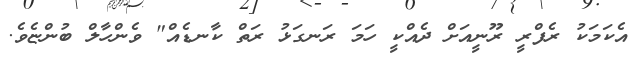
އެކަމަކު ރެފްރީ ރޫނީއަށް ދެއްކީ ހަމަ ރަނގަޅު ރަތް ކާނޑެއް" ވެންހާލް ބުންޏެވެ.